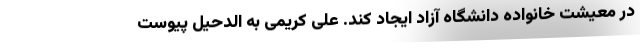
در معیشت خانواده دانشگاه آزاد ایجاد کند. علی کریمی به الدحیل پیوست